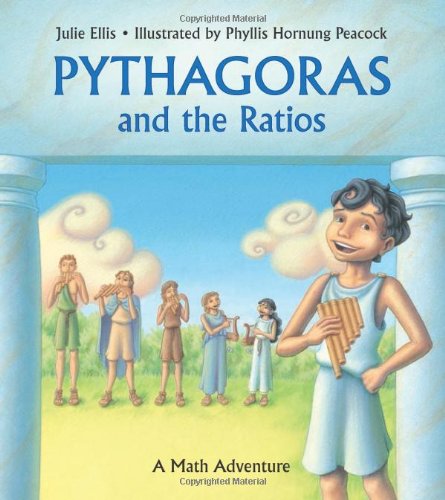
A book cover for Pythagoras and the Ratios: A Math Adventure; Julie Ellis; Children's Books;